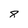
Character: 8